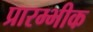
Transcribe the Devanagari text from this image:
प्रारम्भीक